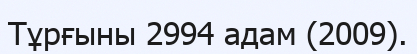
Тұрғыны 2994 адам (2009).